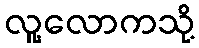
လူ့လောကသို့